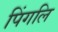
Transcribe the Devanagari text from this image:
पिंगलि